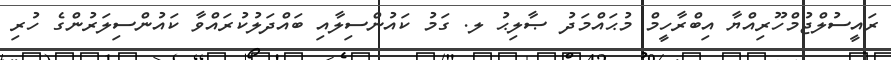
ރައީސުލްޖުމްހޫރިއްޔާ އިބްރާހީމް މުޙައްމަދު ޞާލިޙު ލ. ގަމު ކައުންސިލާއި ބައްދަލުކުރައްވާ ކައުންސިލަރުންގެ ހުރި